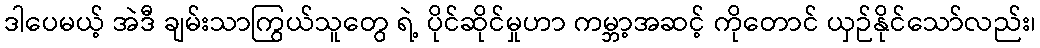
ဒါပေမယ့် အဲဒီ ချမ်းသာကြွယ်သူတွေ ရဲ့ ပိုင်ဆိုင်မှုဟာ ကမ္ဘာ့အဆင့် ကိုတောင် ယှဉ်နိုင်သော်လည်း၊